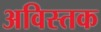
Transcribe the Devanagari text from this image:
अविस्तक